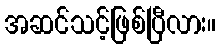
အဆင်သင့်ဖြစ်ပြီလား။